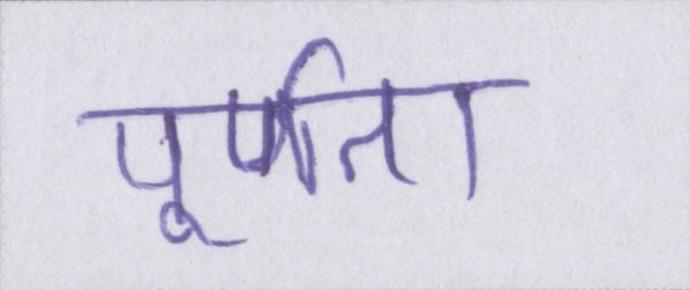
पूर्णता